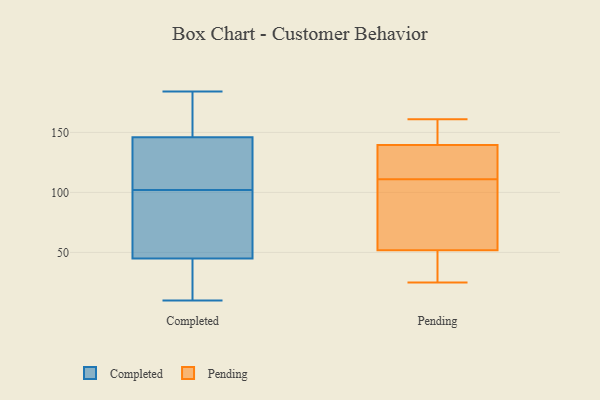
{"axis": {"x": "Shipments", "y": "Value"}, "legend": ["Completed", "Pending"], "data": [{"x": "", "y": 146, "type": "Completed"}, {"x": "", "y": 45, "type": "Completed"}, {"x": "", "y": 10, "type": "Completed"}, {"x": "", "y": 145, "type": "Completed"}, {"x": "", "y": 163, "type": "Completed"}, {"x": "", "y": 184, "type": "Completed"}, {"x": "", "y": 82, "type": "Completed"}, {"x": "", "y": 66, "type": "Completed"}, {"x": "", "y": 31, "type": "Completed"}, {"x": "", "y": 122, "type": "Completed"}, {"x": "", "y": 114, "type": "Pending"}, {"x": "", "y": 35, "type": "Pending"}, {"x": "", "y": 60, "type": "Pending"}, {"x": "", "y": 80, "type": "Pending"}, {"x": "", "y": 153, "type": "Pending"}, {"x": "", "y": 161, "type": "Pending"}, {"x": "", "y": 132, "type": "Pending"}, {"x": "", "y": 142, "type": "Pending"}, {"x": "", "y": 49, "type": "Pending"}, {"x": "", "y": 111, "type": "Pending"}, {"x": "", "y": 25, "type": "Pending"}]}